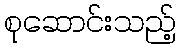
စုဆောင်းသည့်